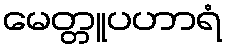
မေတ္တူပဟာရံ